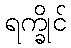
ရက္ခိုင်